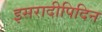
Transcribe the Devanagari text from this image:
इसरादीपिदिन